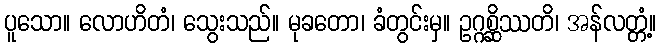
ပူသော။ လောဟိတံ၊ သွေးသည်။ မုခတော၊ ခံတွင်းမှ။ ဥဂ္ဂစ္ဆိဿတိ၊ အန်လတ္တံ့။